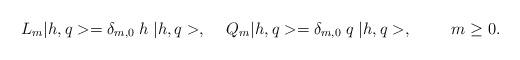
LaTeX: \begin{align*}L_{m} |h,q> = \delta_{m,0}\;h\; |h,q>, \hspace{0.5cm}Q_{m} |h,q> = \delta_{m,0}\;q\; |h,q>, \hspace{1.0cm}m\geq 0.\end{align*}